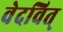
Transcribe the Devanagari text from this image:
वेदवित्